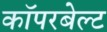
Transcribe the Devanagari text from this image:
कॉपरबेल्ट